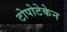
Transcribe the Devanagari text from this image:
टोपोटेकेन